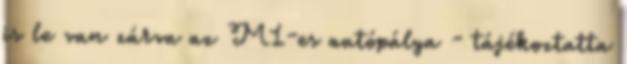
is le van zárva az M1-es autópálya - tájékoztatta